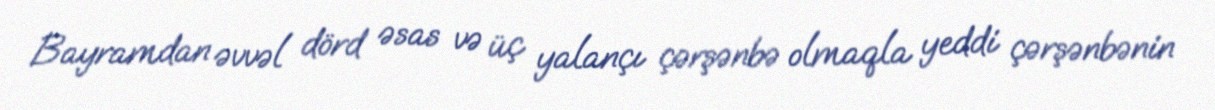
Bayramdan əvvəl dörd əsas və üç yalançı çərşənbə olmaqla yeddi çərşənbənin